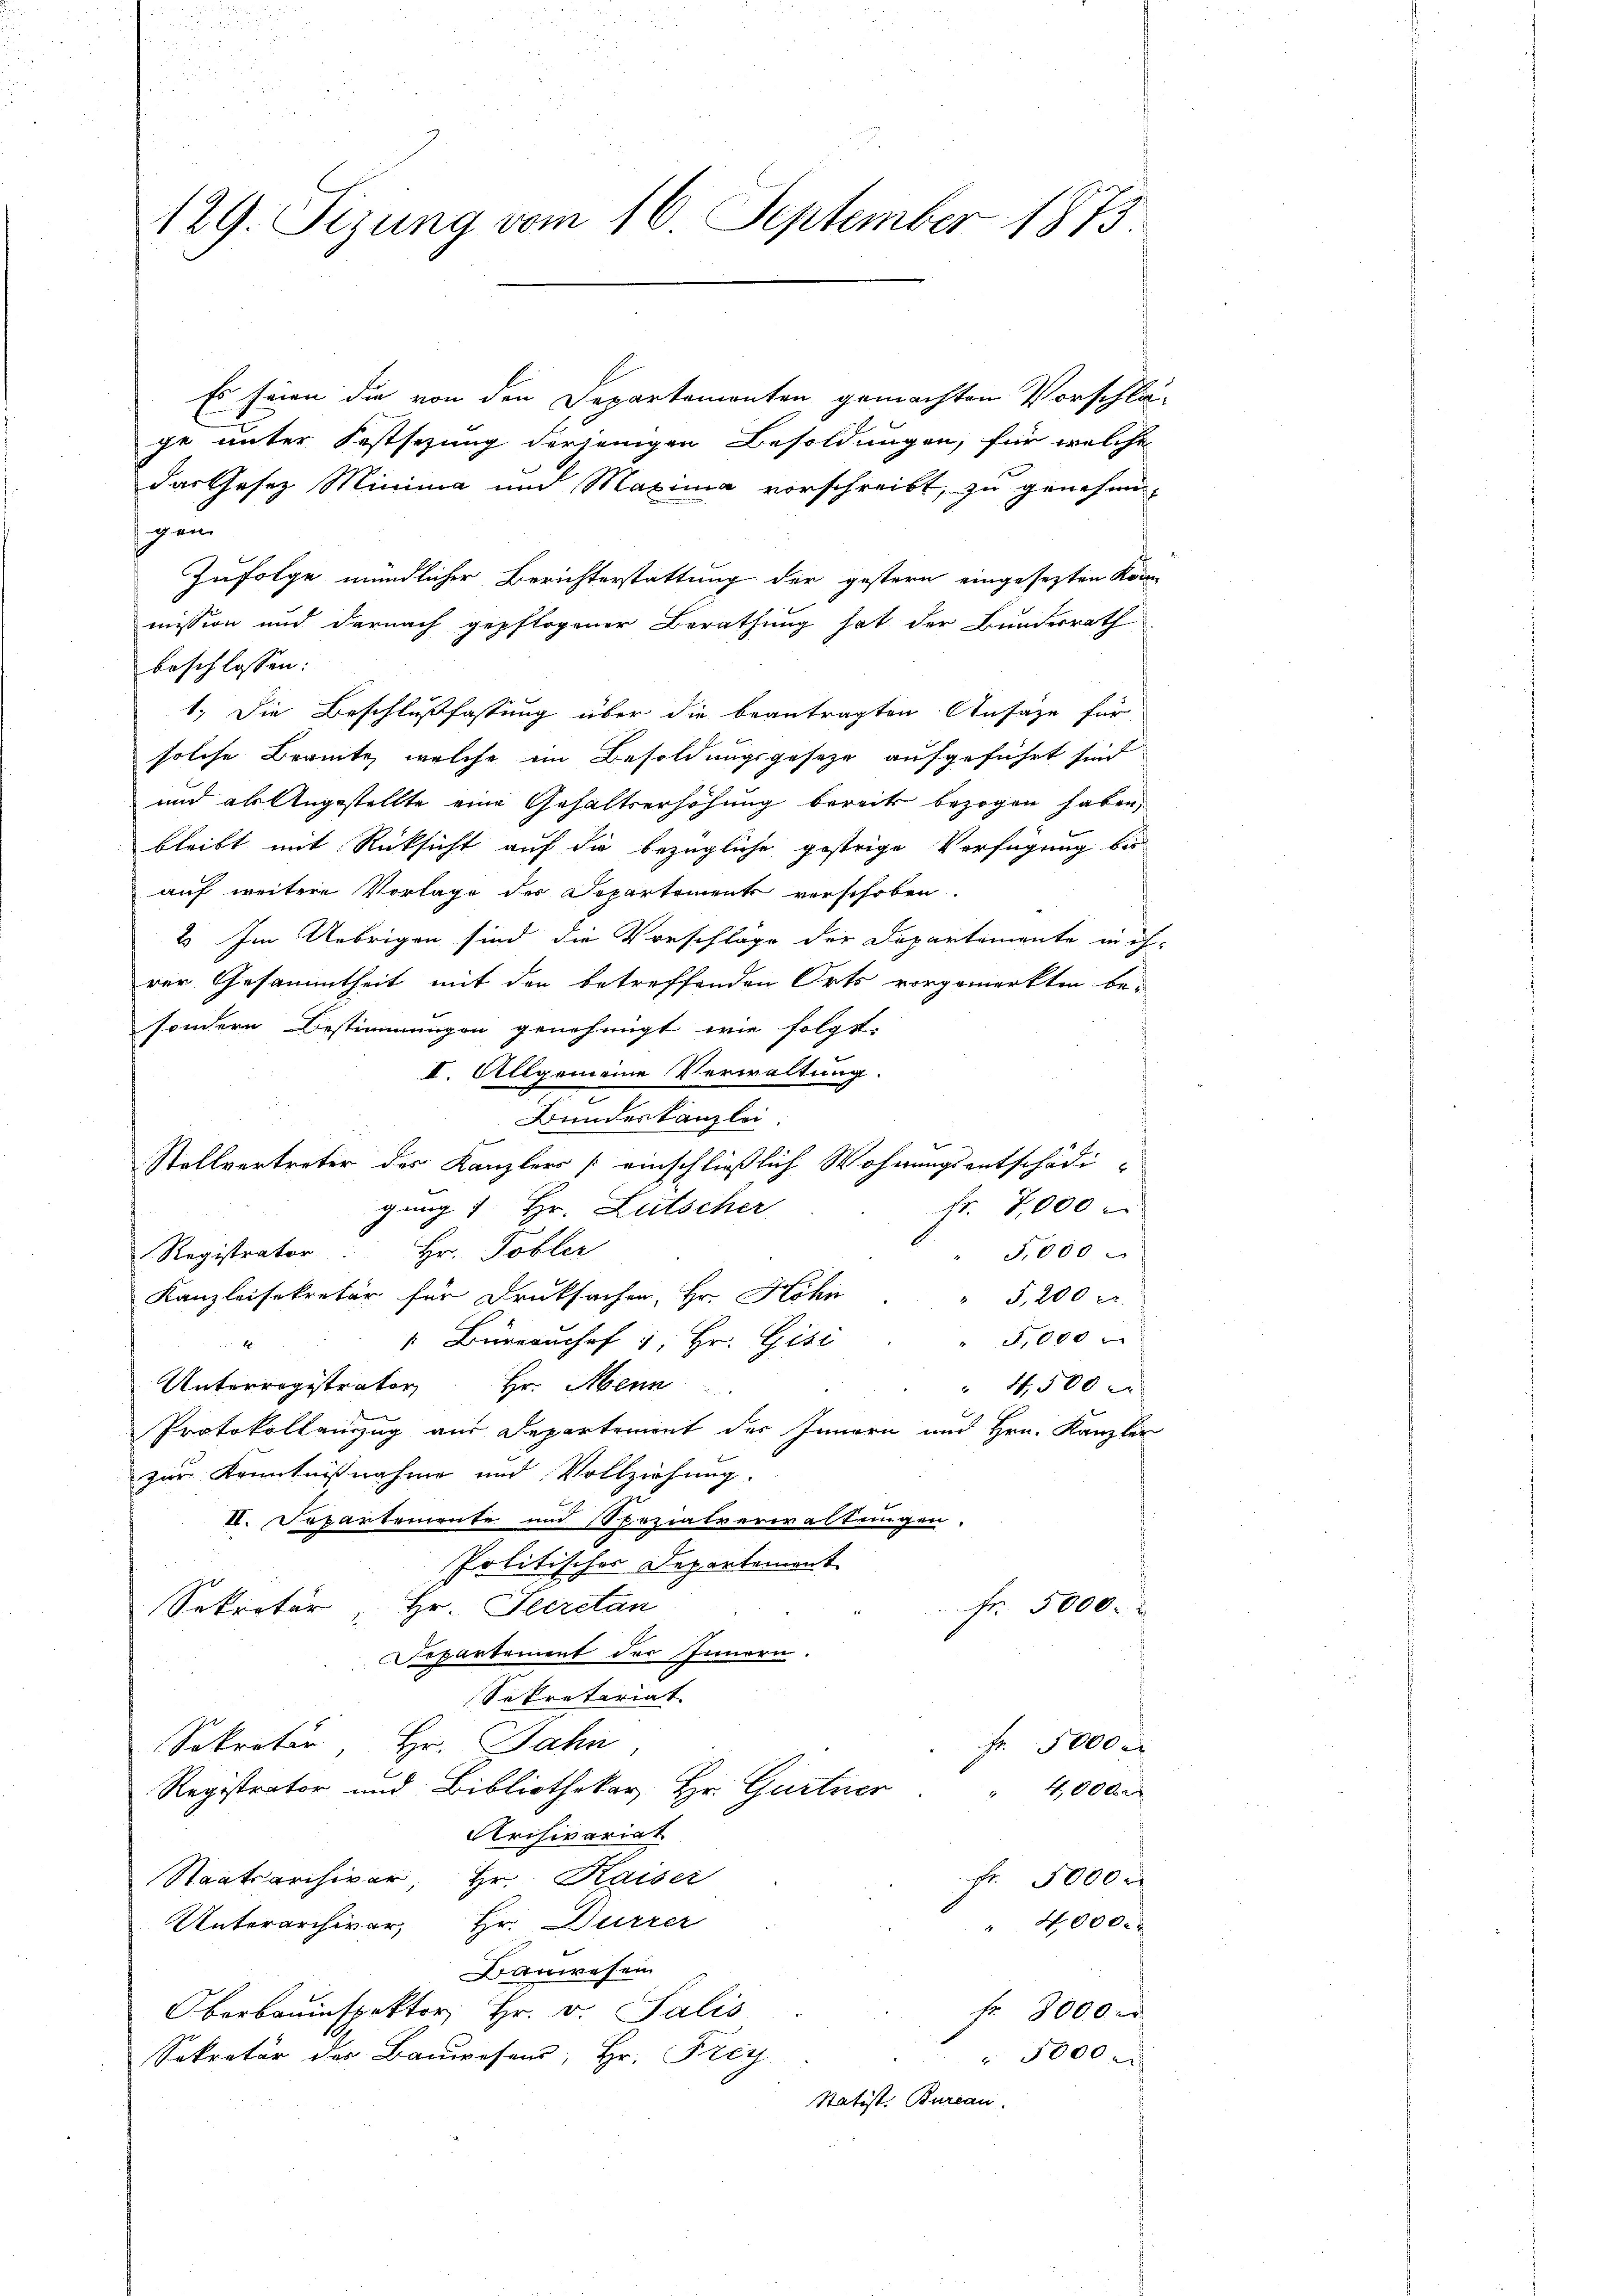
129. Sizung vom 16. September 1873.

Es seien die von den Departementen gemachten Vorschlä-
ge unter Festsezung derjenigen Besoldungen, für welche
das Gesez Minima und Maxima vorschreibt, zu genehmi-
pen
Zufolge mündlicher Berichterstattung der gestern eingesetzten Kön
mission und darnach gepflogener Berathung hat der Bundesrath
beschlossen:
1.) Die Beschlußfassung über die beantragten Ansage für
solche Berinte, welche im Besoldungsgesetze aufgeführt sind
und als Angestellte eine Gehaltserhöhung bereits bezogen haben,
bleibt mit Rücksicht auf die bezügliche gestrige Verfügung bei
auf weitere Vorlage des Departements verschoben.
2) Im Uebrigen sind die Vorschläge der Departemente in ih-
rer Gesammtheit mit den betreffenden Orts vorgemerkten besondern Bestimmungen genehmigt wie folgt.
II. Allgemeine Verwaltung.
Bundeskanzlei
1
Stellvertreter des Kanzlers [einschließlich Wohnungsentschädifr. 7,000
gang 1. Hr. Lutscher
5.000
Registrator Hr. Tobler
Kanzleisekretär für Druksachen, Hr. Höhn
" T. 200 r.
" 5,000
 Büreaushof 1. Hr. Gisi
2
Unterregistrator Hr. Mein
 4500 x
Protokollenzug aus Departement des Innern und Hrn. Kanzler
zur Kenntnißnahme und Vollziehung.
II. Departemente und Spezialverwaltungen.
Politischer Departement
Fr. 5000.
Hr. Secretan
Sekretär

Separtement der Innern.
Sekretariat
Sekretär, Hr. Jahn
Fr. 5000
Registrator und Bibliothekar Hr. Gurtner
400xx
Archivariat
Staatsarchiver, Hr. Kaiser
5000 x
Unterarchivar, Hr. Dürrer
" 4,000. r
Bauwesen
Oberbauinspektor Hr. v. Salis
fr. 3000 x
Sekretär des Bauwesens, Hr. Frey
" 5000
Statist. Bureau.